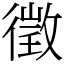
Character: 徵